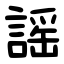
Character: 謡